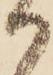
か